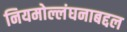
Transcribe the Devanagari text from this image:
नियमोल्लंघनाबद्दल